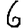
Digit: 6